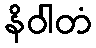
နိဝါတံ